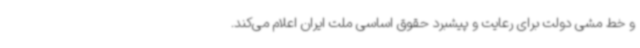
و خط ‌مشی دولت برای رعایت و پیشبرد حقوق اساسی ملت ایران اعلام می‌کند.